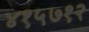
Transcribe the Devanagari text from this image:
४१५७१२